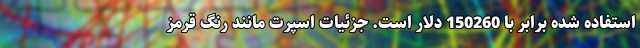
استفاده شده برابر با 150260 دلار است. جزئیات اسپرت مانند رنگ قرمز